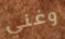
وغني